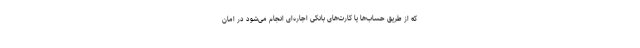
که از طریق حساب‌ها یا کارت‌های بانکی اجاره‌ای انجام می‌شود در امان